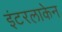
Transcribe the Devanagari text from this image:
इंटरलाकेन